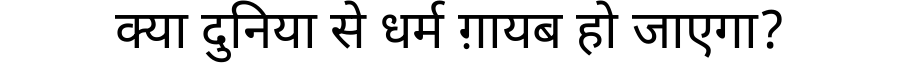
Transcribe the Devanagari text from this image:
क्या दुनिया से धर्म ग़ायब हो जाएगा?